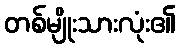
တစ်မျိုးသားလုံး၏